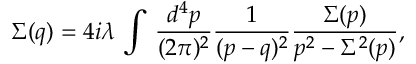
\Sigma ( q ) = 4 i \lambda \, \int \, \frac { d ^ { 4 } p } { ( 2 \pi ) ^ { 2 } } \frac { 1 } { ( p - q ) ^ { 2 } } \frac { \Sigma ( p ) } { p ^ { 2 } - \Sigma ^ { 2 } ( p ) } ,